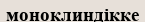
моноклиндікке